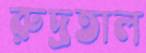
রুদ্রতাল